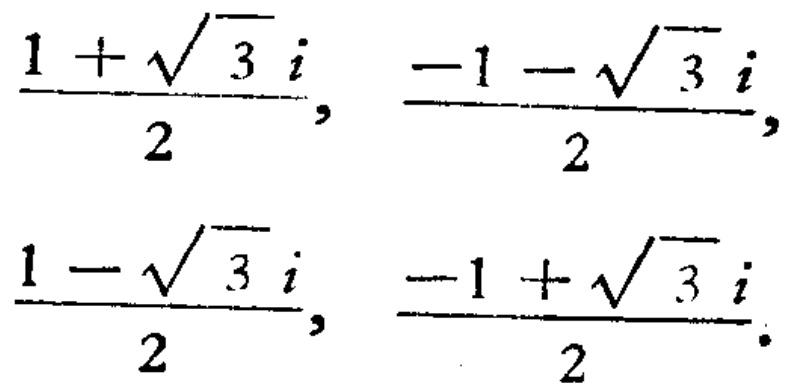
$\frac{1 + \sqrt{3} i}{2}, \frac{-1 - \sqrt{3} i}{2}, \frac{1 - \sqrt{3} i}{2}, \frac{-1 + \sqrt{3} i}{2}.$